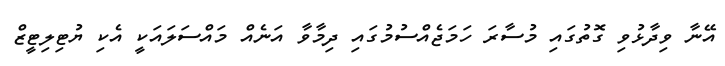
އޭނާ ވިދާޅުވި ގޮތުގައި މުސާރަ ހަމަޖެއްސުމުގައި ދިމާވާ އަނެއް މައްސަލައަކީ އެކި ޔުޓިލިޓީޒް